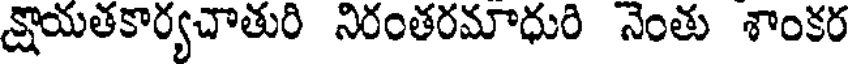
క్షాయతకార్యచాతురి నిరంతరమాధురి నెంతు శాంకర